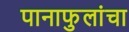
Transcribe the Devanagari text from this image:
पानाफुलांचा